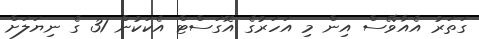
ގަތަރު އެއާވޭސް އިން މި އަހަރުގެ އޮގަސްޓް އެކަކުން 31 ގެ ނިޔަލަށް